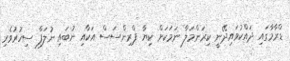
ޑްރާމާގައި ދައްކުވައިދޭނީ ކިރަންމަލާ ނަމަކަށް ކިޔާ ޕްރިންސަސް އަކާއި ނުބައި ނުލަފާ ސިހުރުވެރި